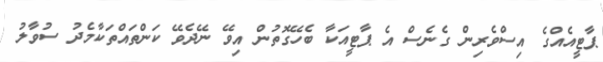
ޕާޓީއެއްގެ އިސްވެރިން ގެނެސް އެ ޕާޓީއަކާ ބެހޭގޮތުން އިވޭ ނޭދެވޭ ކަންތައްތަކާމެދު ސުވާލު